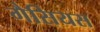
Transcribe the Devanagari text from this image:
गैसियस